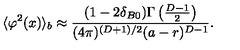
\langle \varphi ^ { 2 } ( x ) \rangle _ { b } \approx \frac { ( 1 - 2 \delta _ { B 0 } ) \Gamma \left( \frac { D - 1 } { 2 } \right) } { ( 4 \pi ) ^ { ( D + 1 ) / 2 } ( a - r ) ^ { D - 1 } } .